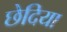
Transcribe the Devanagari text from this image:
छेदिया